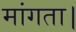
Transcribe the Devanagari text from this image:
मांगता।